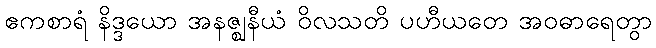
ဧကစာရံ နိဒ္ဒယော အနဇ္ဈနီယံ ဝိလသတိ ပဟီယတေ အဝဓာရေတွာ